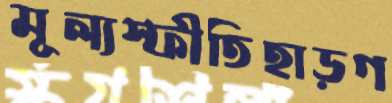
মূল্যস্ফীতিহাড়গ